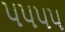
૫૫૫૫